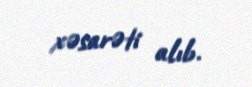
xəsarəti alıb.